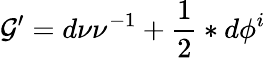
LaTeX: \mathcal{G}^{\prime}=d\nu\nu^{-1}+\frac{1}{2}\ast d\phi^{i}